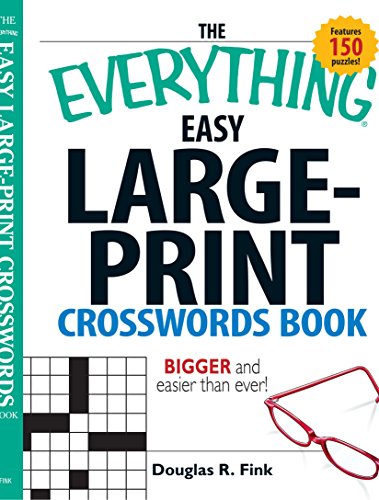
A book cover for The Everything Easy Large-Print Crosswords Book: Bigger and Easier Than Ever; Douglas Fink; Humor & Entertainment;